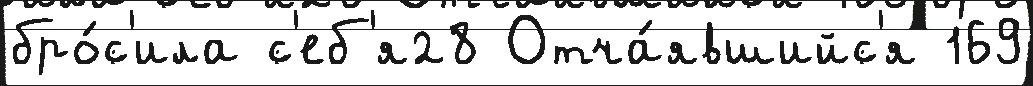
бро́с'ила с'еб'я28 Отча́явшийс'я 169